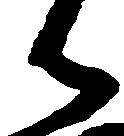
御